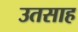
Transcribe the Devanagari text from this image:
उतसाह